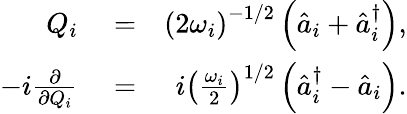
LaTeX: \begin{array}{rlr}{Q_{i}}&{{}=}&{\left(2\omega_{i}\right)^{-1/2}\left(\hat{a}_{i}+\hat{a}_{i}^{\dagger}\right),}\\ {-i\frac{\partial}{\partial Q_{i}}}&{{}=}&{i\left(\frac{\omega_{i}}{2}\right)^{1/2}\left(\hat{a}_{i}^{\dagger}-\hat{a}_{i}\right).}\end{array}